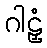
ဂါဠှံ